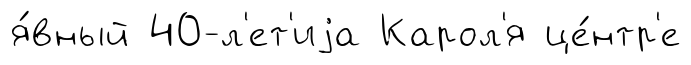
я́вный 40-л'ет'иjа Карол'я це́нтр'е